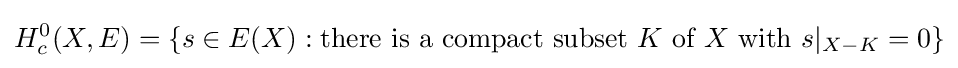
H_{c}^{0}(X,E)=\{s\in E(X):{\text{there is a compact subset }}K{\text{ of }}X{\text{ with }}s|_{X-K}=0\}